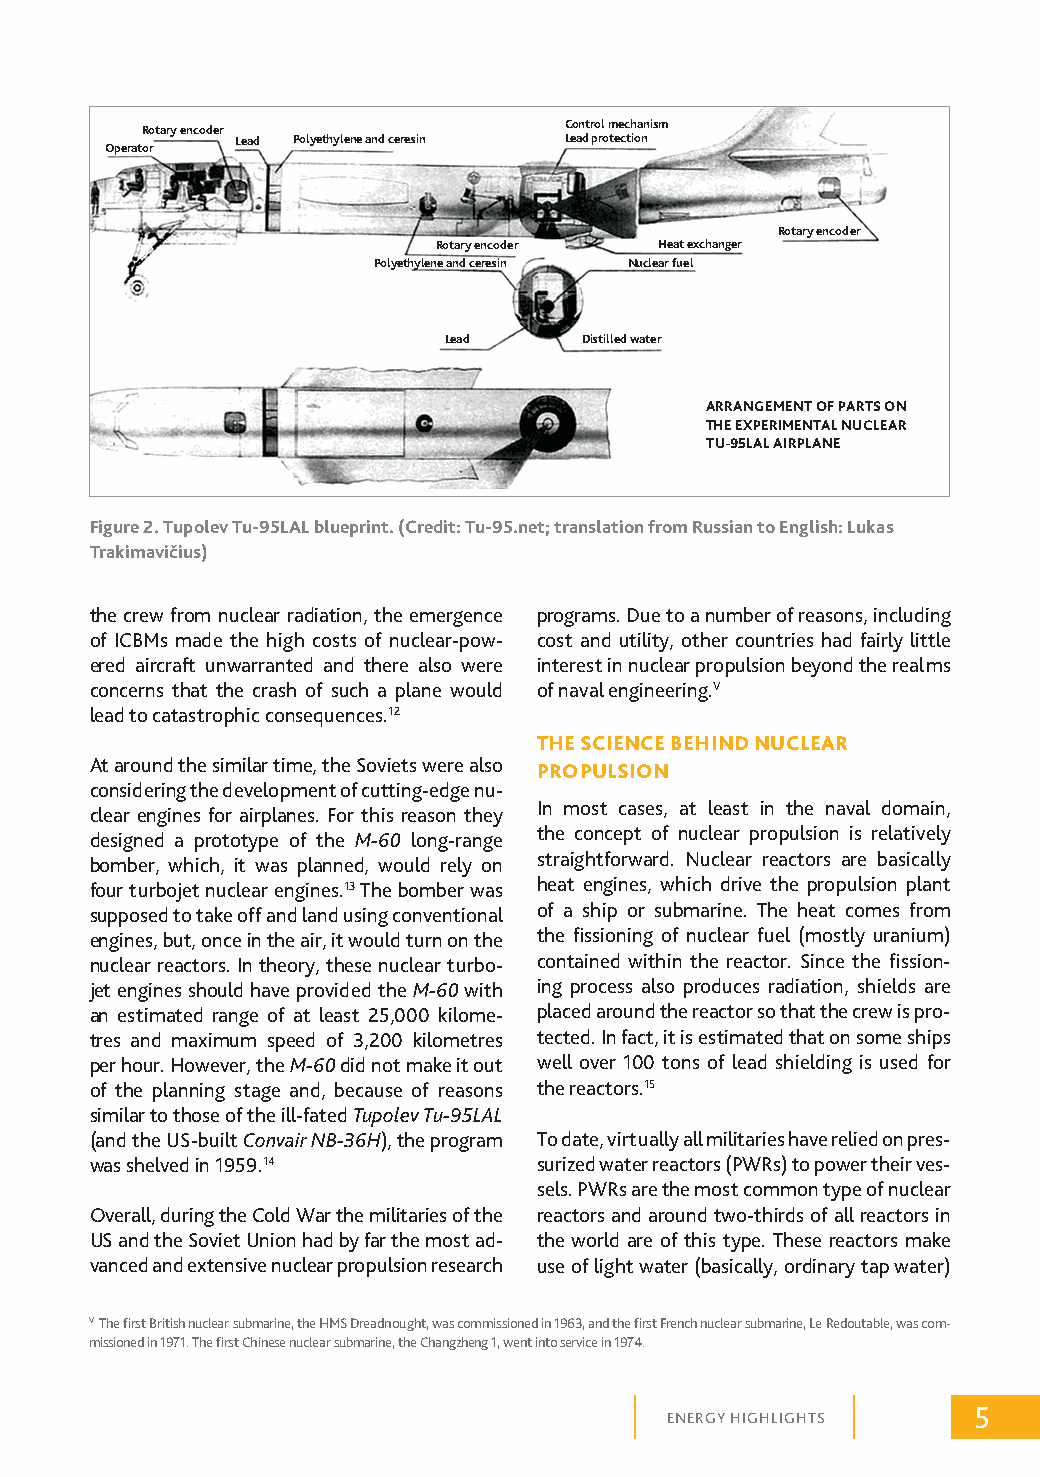
Rotary encoder              Control mechanism
 Lead Polyethylene and ceresin Lead protection
 Operator
 Rotary encoder
 Rotary encoder Heat exchanger
 Polyethylene and ceresin Nuclear fuel
 Lead     Distilled water
 ARRANGEMENT OF PARTS ON
 THE EXPERIMENTAL NUCLEAR
 TU-95LAL AIRPLANE
 Figure 2. Tupolev Tu-95LAL blueprint. (Credit: Tu-95.net; translation from Russian to English: Lukas
 Trakimavičius)
 the crew from nuclear radiation, the emergence programs. Due to a number of reasons, including
 of ICBMs made the high costs of nuclear-pow- cost and utility, other countries had fairly little
 ered aircraft unwarranted and there also were interest in nuclear propulsion beyond the realms
 concerns that the crash of such a plane would of naval engineering.V
 lead to catastrophic consequences.12
 THE SCIENCE BEHIND NUCLEAR
 At around the similar time, the Soviets were also PROPULSION
 considering the development of cutting-edge nu-
 In most cases, at least in the naval domain,
 clear engines for airplanes. For this reason they
 the concept of nuclear propulsion is relatively
 designed a prototype of the M-60 long-range
 bomber, which, it was planned, would rely on straightforward. Nuclear reactors are basically
 four turbojet nuclear engines.13 The bomber was heat engines, which drive the propulsion plant
 supposed to take off and land using conventional of a ship or submarine. The heat comes from
 engines, but, once in the air, it would turn on the the fissioning of nuclear fuel (mostly uranium)
 nuclear reactors. In theory, these nuclear turbo- contained within the reactor. Since the fission-
 jet engines should have provided the M-60 with ing process also produces radiation, shields are
 an estimated range of at least 25,000 kilome- placed around the reactor so that the crew is pro-
 tres and maximum speed of 3,200 kilometres tected. In fact, it is estimated that on some ships
 per hour. However, the M-60 did not make it out well over 100 tons of lead shielding is used for
 of the planning stage and, because of reasons the reactors.15
 similar to those of the ill-fated Tupolev Tu-95LAL
 (and the US-built Convair NB-36H), the program To date, virtually all militaries have relied on pres-
 was shelved in 1959.14        surized water reactors (PWRs) to power their ves-
 sels. PWRs are the most common type of nuclear
 Overall, during the Cold War the militaries of the reactors and around two-thirds of all reactors in
 US and the Soviet Union had by far the most ad- the world are of this type. These reactors make
 vanced and extensive nuclear propulsion research use of light water (basically, ordinary tap water)
 V The first British nuclear submarine, the HMS Dreadnought, was commissioned in 1963, and the first French nuclear submarine, Le Redoutable, was com-
 missioned in 1971. The first Chinese nuclear submarine, the Changzheng 1, went into service in 1974.
 5
 ENERGY HIGHLIGHTS